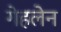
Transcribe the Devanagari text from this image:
गेहलेन